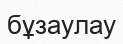
бұзаулау